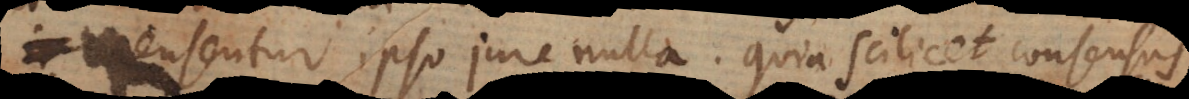
ensentur ipso jure nulla; quia scilicet consensus